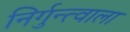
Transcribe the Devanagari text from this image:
निर्गुन्त्वाला